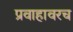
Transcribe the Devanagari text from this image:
प्रवाहावरच